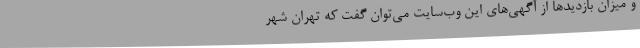
و میزان بازدیدها از آگهی‌های این وب‌سایت می‌توان گفت که تهران شهر